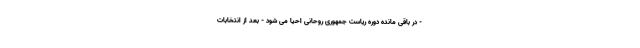
- در باقی مانده دوره ریاست جمهوری روحانی احیا می شود - بعد از انتخابات